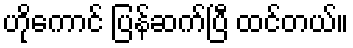
ဟိုကောင် ပြန်ဆက်ပြီ ထင်တယ်။